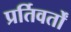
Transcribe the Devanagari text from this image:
प्रर्तिवर्तों